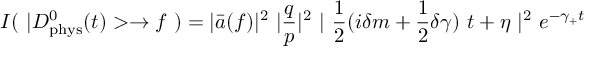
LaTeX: I ( ~ | D _ { \mathrm { p h y s } } ^ { 0 } ( t ) > \to f ~ ) = | \bar { a } ( f ) | ^ { 2 } ~ | \frac { q } { p } | ^ { 2 } ~ | ~ \frac { 1 } { 2 } ( i \delta m + \frac { 1 } { 2 } \delta \gamma ) ~ t + \eta ~ | ^ { 2 } ~ e ^ { - \gamma _ { + } t }